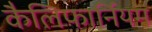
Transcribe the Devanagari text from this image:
कैलिफार्नियम